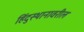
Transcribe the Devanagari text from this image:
हिंदुस्थानावरील